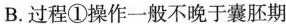
B.过程①操作一般不晚于囊胚期